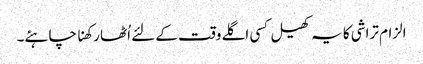
الزام تراشی کا یہ کھیل کسی اگلے وقت کے لئے اُٹھا رکھنا چاہئے۔